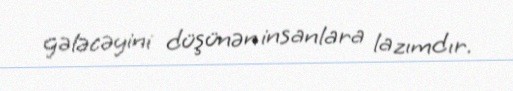
gələcəyini düşünən insanlara lazımdır.